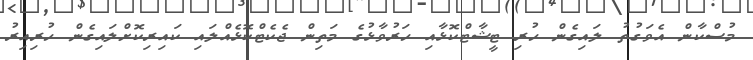
މުސްކާން އެވަގުތު ލައިގެން ހުރި ޓީޝާޓްކޮޅާއި ހަރުވާޅުގެ މަތިން ޖެކެޓްކޮޅެއްލައި ކައިރިކޮށްލައިގެން ހުރިއިރު